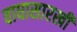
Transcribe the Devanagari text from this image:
वाघासारखी